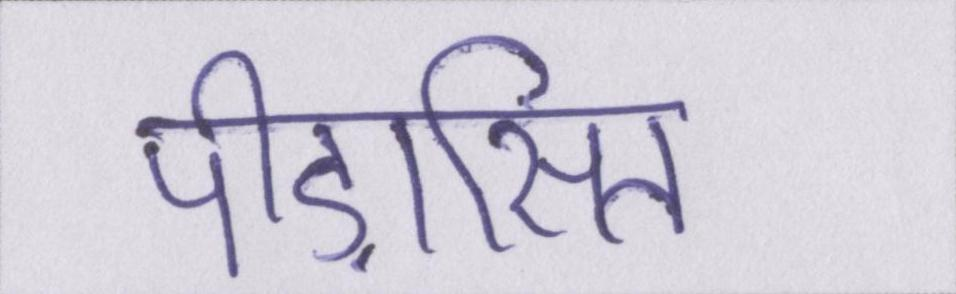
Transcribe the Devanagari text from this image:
पीड़ासित